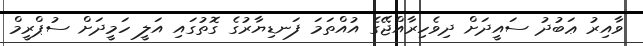
ވާއިރު ޢަބުދު ސައީދަށް ދިވެހިރާއްޖޭގެ އުއްތަމަ ފަނޑިޔާރުގެ ގޮތުގައި އަލީ ހަމީދަށް ސުޕްރީމް